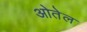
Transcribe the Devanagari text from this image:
ओतेल